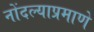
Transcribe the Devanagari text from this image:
नोंदल्याप्रमाणे